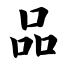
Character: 品